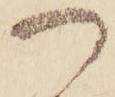
つ